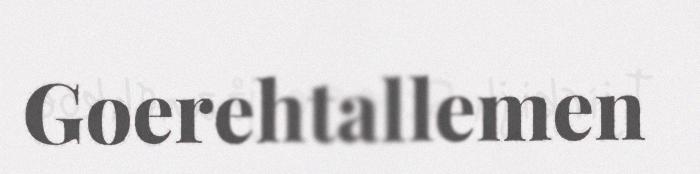
Goerehtallemen